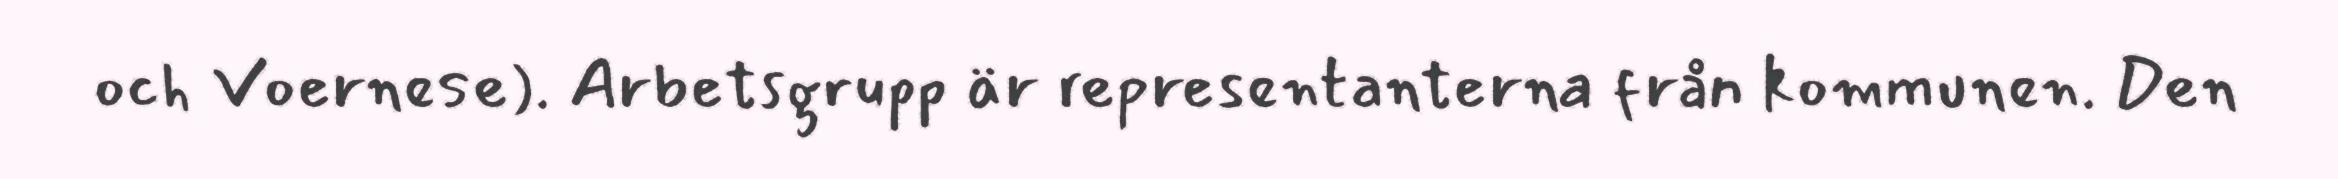
och Voernese). Arbetsgrupp är representanterna från kommunen. Den